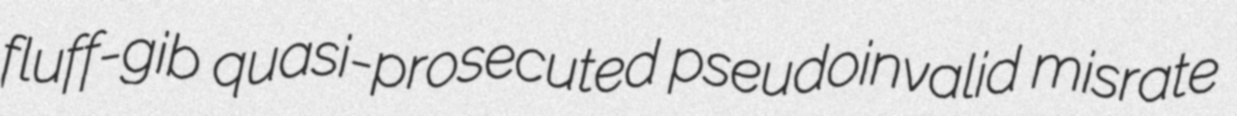
fluff-gib quasi-prosecuted pseudoinvalid misrate